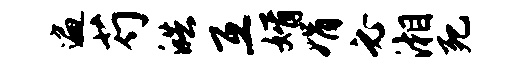
遍芍皓互婿娟必湘死